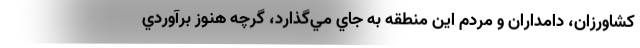
كشاورزان، دامداران و مردم اين منطقه به جاي مي‌گذارد، گرچه هنوز برآوردي